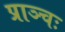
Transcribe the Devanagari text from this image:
प्राञ्चः